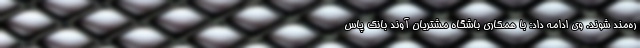
ره‌مند شوند. وی ادامه داد: با همکاری باشگاه مشتریان آوند بانک پاس